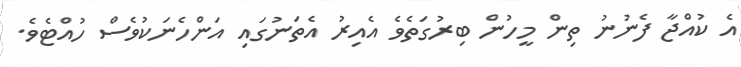
އެ ކުއްޖާ ފެނުނު ތިން މީހުން ބިރުގަތެވެ އެއިރު އެތަނުގައި އަންހެނަކުވެސް ހުއްޓެވެ.